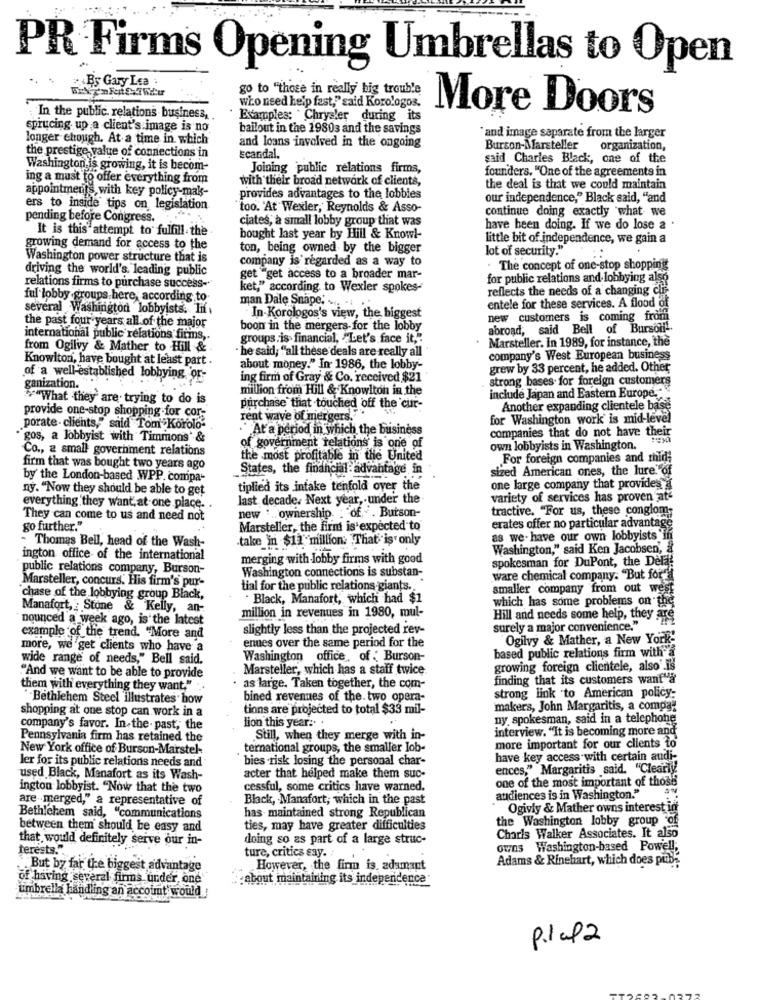
PR Firms Opening Umbrellas to Open
By Gary Lea :
go to "those in really big trouble
who need help fast,"said Korologos.
More Doors
In the public relations business,
Examples: Chrysler during its
sprucing up a client's image is no
bailout in the 19803 and the savings
longer ehough. At a time in which
`and image separate from the larger
and loans involved in the ongoing
Burson-Marsteller
organization,
the prestige value of connections in
scandal.
said Charles Black, one of the
Washington is growing, it is becom-
Joining public relations firms,
founders. "One of the agreements in
ing a must to offer everything from
with their broad network of clients,
appointments with key policy-maks-
the deal is that we could maintain
provides advantages to the lobbies
our independence," Black said, "and
ers to inside tips on legislation
too. "At Wexler, Reynolds & Asso-
continue doing exactly what we
pending before Congress ..
ciates, a small lobby group that was
It is this attempt to fulfill the
have been doing. If we do lose a .
bought last year by Hill & Knowl-
little bit of independence, we gain a
growing demand for access to the
ton, being owned by the bigger
lot of security."
Washington power structure that is
company is regarded as a way to
driving the world's leading public
. The concept of one-stop shopping
get "get access to a broader mar-
for public relations and lobbying also
relations firms to purchase success-
ket," according to Wexler spokes-
reflects the needs of a changing cli
ful lobby groups here, according to-
several Washington lobbyists. Inf
man Dale Snape. .. .. .
entele for these services. A flood of
In-Korologos's view, the biggest
new customers is coming from
the past four years all of the major
boon in the mergers for the lobby
abroad, said Bell of Bursoll-
international public relations firms ,.
groups is- financial, "Let's face it ..
. Marsteller. In 1989, for instance, the
from Ogilvy & Mather to Hill &
. he said, "all these deals are really all
Knowlton, have bought at least part .
company's West European business
about money." In- 1986, the lobby-
grew by 33 percent, he added. Other,
of a well-established lobbying or-
ing firm of Gray & Co. received $21
strong bases for foreign customers
ganization.
million from Hill & Knowlton in the
"e"What they' are trying to do is
include Japan and Eastern Europe.
purchase that touched off the cur-
Another expanding clientele base
provide one-stop shopping for cor-
rent wave of mergers.'
for Washington work is mid-level
porate - clients," said Tom Korolo-
." At a period in which the business
companies that do not have their
gos, a lobbyist with Timmons' &
Co ., a small government relations
of government relations is one of
own lobbyists in Washington.
the most profitable in the United
For foreign companies and mid;
firm that was bought two years ago
States, the financial: advantage in
sized American ones, the lure. of
by the London-based WPP, compa-
ny. "Now they should be able to get
tiplied its infake tenfold over the
one large company that provides a
last decade. Next year, . under the
variety of services has proven att
everything they want, at one place.
tractive. "For us, these conglom;
They can come to us and need not
new :. ownership. : of . Burson-
go further."
Marsteller, the firm is expected to
erates offer no particular advantage
- Thomas Bell, head of the Wash-
take 'in $11 million: That is only
as we- have our own lobbyists 'in
Washington," said Ken Jacobsen, &
ington office of the international
merging with lobby firms with good
spokesman for DuPont, the Delaf
public relations company, Burson-
Washington connections is substan-
Marsteller, concurs. His firm's pur-
ware chemical company. "But for'd
tial for the public relations giants.
smaller company from out west
`chase of the lobbying group Black,
Black, Manafort, which had $1
which has some problems on the
Manafort, : Stone & Kelly, an-
nounced a week ago, is the latest
million in revenues in 1980, mul-
Hill and needs some help, they are
slightly less than the projected rev-
surely a major convenience."
example of the trend. "More and
enues over the same period for the
"Ogilvy & Mather, a New York-
more, we'get clients who have a
based public relations firm with"a
wide range of needs," Bell said.
Washington office, of : Burson-
Marsteller, which has a staff twice
growing foreign clientele, also' Is
."And we want to be able to provide
finding that its customers want"a
them with everything they want."
as large. Taken together, the com-
"Bethlehem Steel illustrates how
bined revenues of the. two opera-
strong link to American policy-
shopping at one stop can work in a
tions are projected to total $33 mil-
makers, John Margaritis, a compaz
lion this year .. .
ny spokesman, said in a telephone
company's favor. In.the- past, the
interview. "It is becoming more and
Pennsylvania firm has retained the
Still, when they merge with in-
New York office of Burson-Marstel-
ternational groups, the smaller Job-
more important for our clients to
ler for its public relations needs and
bies -risk losing the personal char-
have key access with certain audi-
ences," Margaritis said. "Clearly
used Black, Manafort as its Wash-
acter that helped make them suc-
one of the most important of those
ington lobbyist. "Now that the two
cessful, some critics have warned.
are merged," a representative of
Black, Manafort; which in the past
audiences is in Washington."
has maintained strong Republican
Ogivly & Mather owns interest in
Bethlehem said, "communications
the Washington lobby group of
between them should be easy and
ties, may have greater difficulties
that would definitely serve our in-
doing so as part of a large struc-
Charls Walker Associates. It also
terests.".
ture, critics say.
owns Washington-based Powell;
Adams & Rinehart, which does pubs
But by far the biggest advantage
However, the firm is. adamant
of having several firms under, one
: about maintaining its independence
umbrella handling an account would
p.lap 2